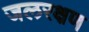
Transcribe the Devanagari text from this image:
जलरक्षण